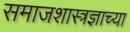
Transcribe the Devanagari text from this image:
समाजशास्त्रज्ञाच्या